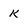
Character: k